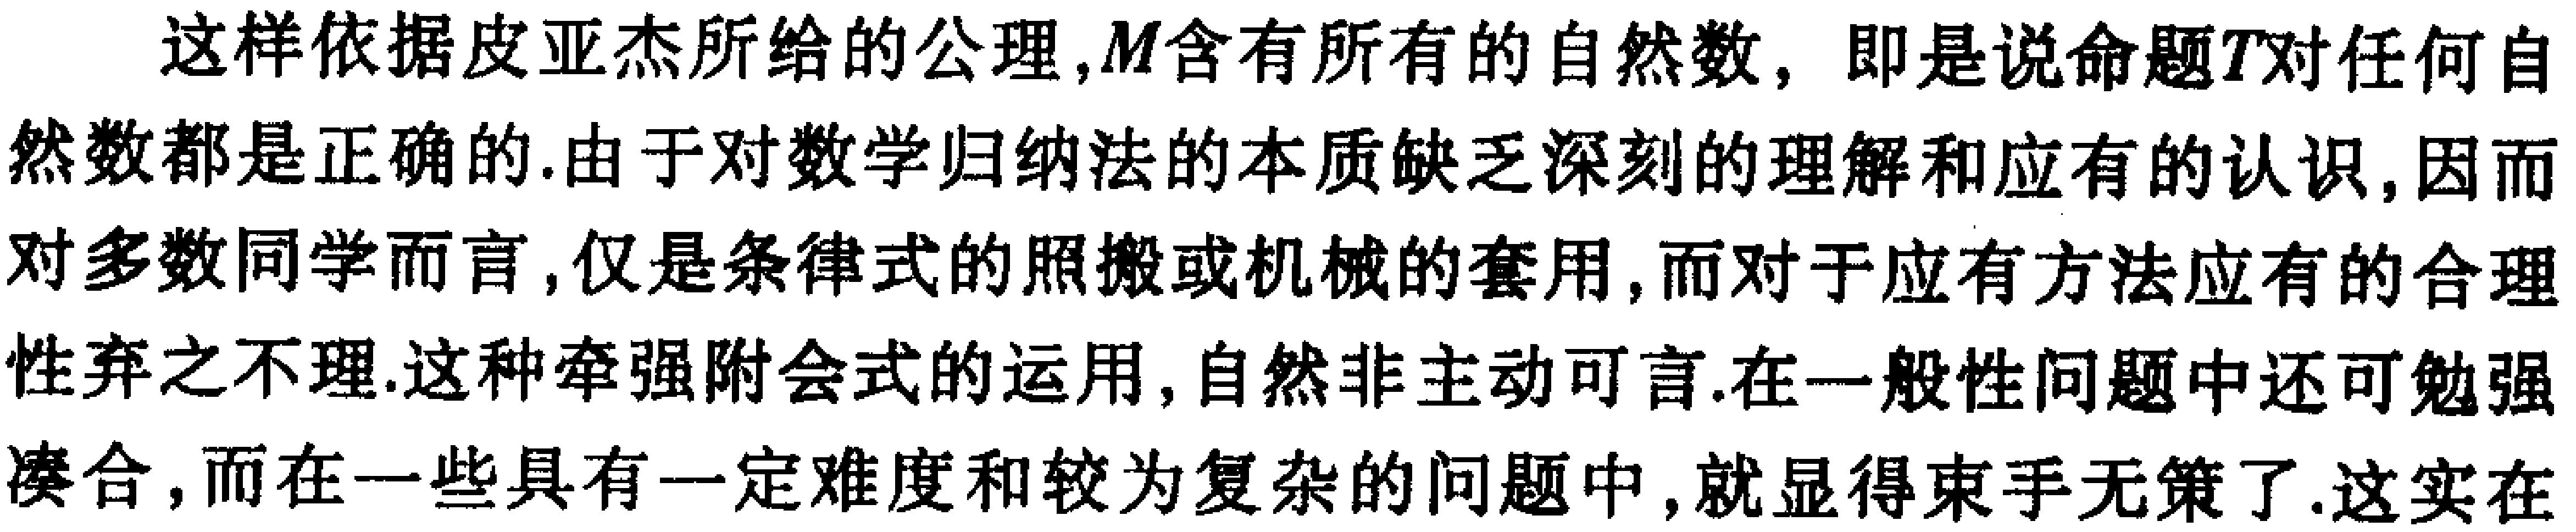
这样依据皮亚杰所给的公理,$M$含有所有的自然数，即是说命题$T$对任何自然数都是正确的.由于对数学归纳法的本质缺乏深刻的理解和应有的认识,因而对多数同学而言,仅是条律式的照搬或机械的套用,而对于应有方法应有的合理性弃之不理.这种牵强附会式的运用,自然非主动可言.在一般性问题中还可勉强凑合,而在一些具有一定难度和较为复杂的问题中,就显得束手无策了.这实在